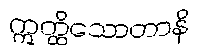
ဣတ္ထိသောတာနိ